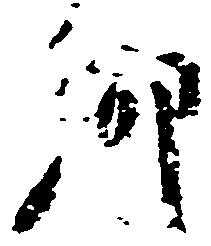
郷